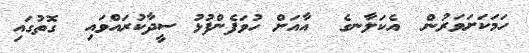
ހަމަކަށަވަރުން  އެކަލާނގެ  އާއަށް ހުވަފެންފުޅު ސީދާކުރައްވައި  ގޮތުގައި